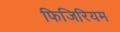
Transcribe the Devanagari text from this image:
फिजिरियम